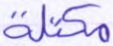
مكتلة